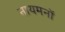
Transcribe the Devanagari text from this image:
नायमनों